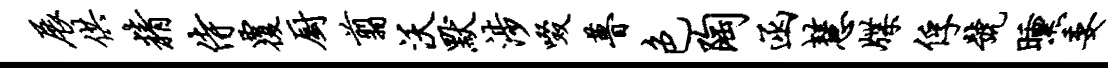
展供精侍覆厨翦沃默涉啜瞢色陶函慧牒俘号曛委